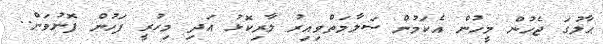
ޙާލުގަ ޖެހުން މީހުން އެކަމުން ސަލާމަތްވިއިރު ލާރިކޮޅު އަދި މިހުރީ ފަހުން ފޮނުވަން..